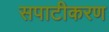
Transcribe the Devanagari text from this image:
सपाटीकरण